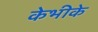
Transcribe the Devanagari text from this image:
केभीके